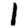
Digit: 1